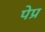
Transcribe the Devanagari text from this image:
पेप्र